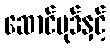
ဆောင်ပုဒ်နှင့်